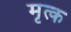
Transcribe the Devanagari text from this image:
मृत्क